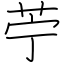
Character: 苧